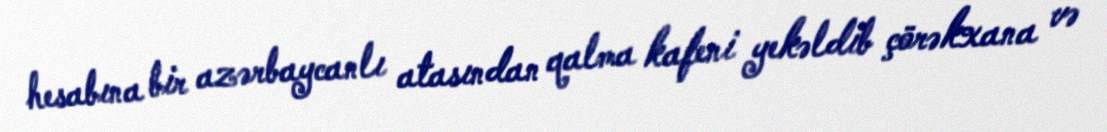
hesabına bir azərbaycanlı atasından qalma kafeni yekəldib çörəkxana və